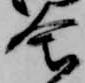
舎